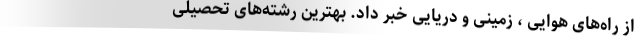
از راه‌های هوایی ، زمینی و دریایی خبر داد. بهترین رشته‌های تحصیلی